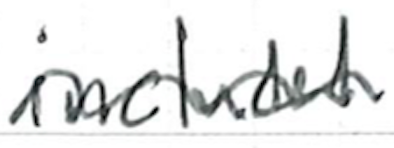
Text: included
Cross-out: wave
Writing tool: ballpoint